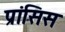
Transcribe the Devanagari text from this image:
प्रांसिस